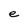
Character: e